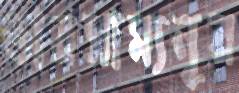
ভারসাম্যনূর